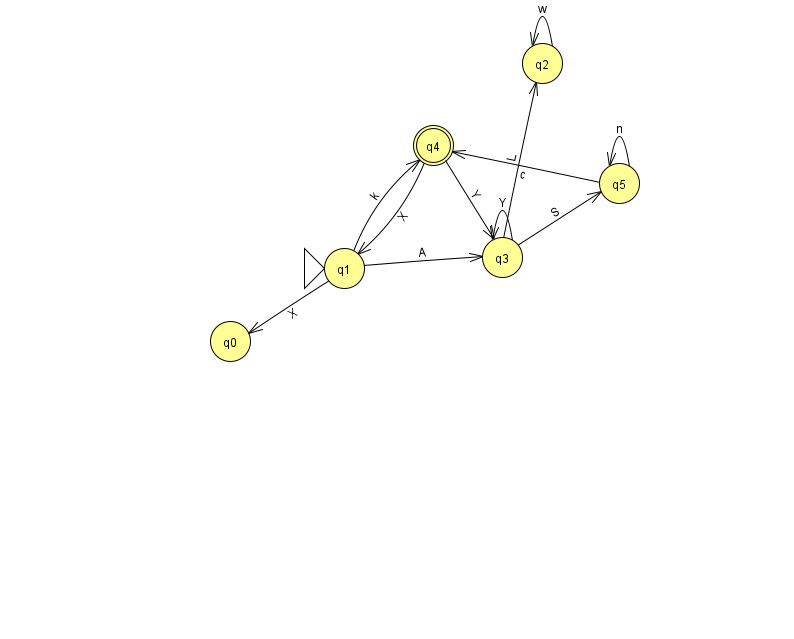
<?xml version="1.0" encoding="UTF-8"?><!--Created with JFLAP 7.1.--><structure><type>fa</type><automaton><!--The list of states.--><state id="0" name="q0"><x>230.0</x><y>328.0</y></state><state id="1" name="q1"><x>344.0</x><y>255.0</y><initial/></state><state id="2" name="q2"><x>542.0</x><y>50.0</y></state><state id="3" name="q3"><x>502.0</x><y>244.0</y></state><state id="4" name="q4"><x>433.0</x><y>132.0</y><final/></state><state id="5" name="q5"><x>619.0</x><y>170.0</y></state><!--The list of transitions.--><transition><from>3</from><to>5</to><read>S</read></transition><transition><from>4</from><to>3</to><read>Y</read></transition><transition><from>4</from><to>1</to><read>X</read></transition><transition><from>1</from><to>4</to><read>k</read></transition><transition><from>1</from><to>0</to><read>X</read></transition><transition><from>1</from><to>3</to><read>A</read></transition><transition><from>2</from><to>2</to><read>w</read></transition><transition><from>3</from><to>3</to><read>Y</read></transition><transition><from>5</from><to>4</to><read>c</read></transition><transition><from>3</from><to>2</to><read>L</read></transition><transition><from>5</from><to>5</to><read>n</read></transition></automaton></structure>